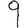
Digit: 9